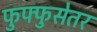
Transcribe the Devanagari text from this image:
फुफ्फुसेतर